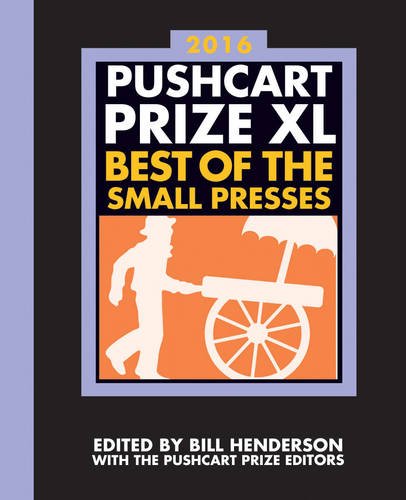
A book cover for The Pushcart Prize XL: Best of the Small Presses 2016 Edition (2016 Edition)  (The Pushcart Prize); Bill Henderson; Literature & Fiction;